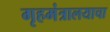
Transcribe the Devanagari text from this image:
गृहमंत्रालयाचा